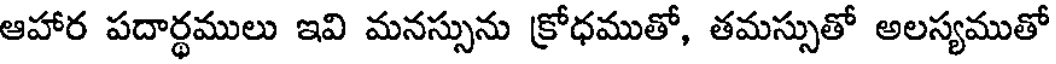
ఆహార పదార్థములు ఇవి మనస్సును క్రోధముతో, తమస్సుతో అలస్యముతో